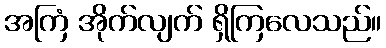
အကြံ အိုက်လျက် ရှိကြလေသည်။